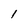
Character: I